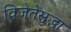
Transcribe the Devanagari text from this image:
विजेतेसुद्धा